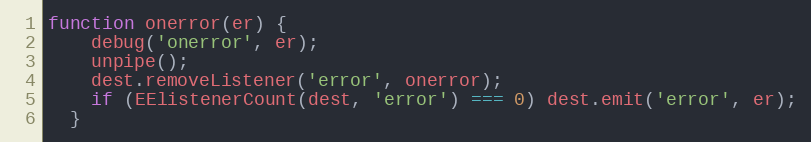
Language: JavaScript
function onerror(er) {
    debug('onerror', er);
    unpipe();
    dest.removeListener('error', onerror);
    if (EElistenerCount(dest, 'error') === 0) dest.emit('error', er);
  }